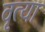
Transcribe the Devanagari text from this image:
वृत्या